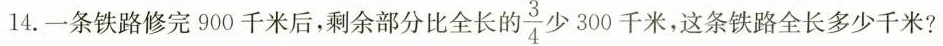
14.一条铁路修完900千米后，剩余部分比全长自\frac{3}{4}少300千米，这条铁路全长多少千米?